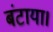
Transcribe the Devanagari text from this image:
बंटाया।